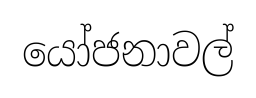
යෝජනාවල්